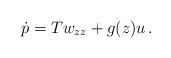
LaTeX: \begin{align*}\dot{p}=Tw_{zz}+g(z)u\,.\end{align*}